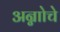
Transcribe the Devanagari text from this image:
अन्नाोचे